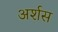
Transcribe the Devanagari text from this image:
अर्शस